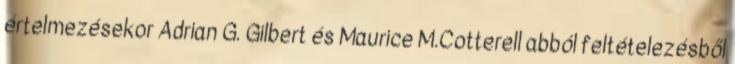
értelmezésekor Adrian G. Gilbert és Maurice M.Cotterell abból feltételezésből